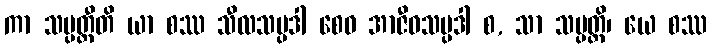
ကာ သမ္ပတ္တီတိ ယာ စဿ သီလသမ္ပဒါ စေဝ အာဇီဝသမ္ပဒါ စ, သာ သမ္ပတ္တိ၊ ယေ စဿ